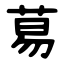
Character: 䓪